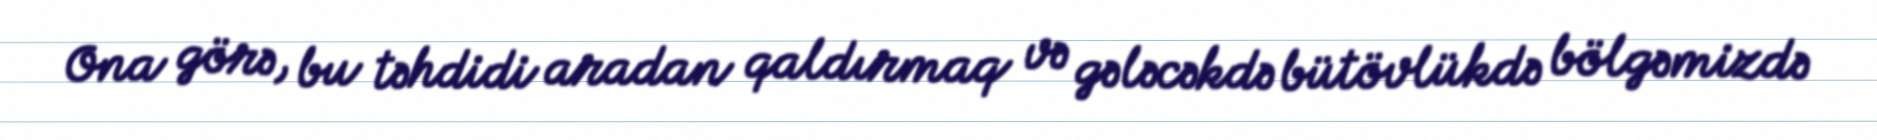
Ona görə, bu təhdidi aradan qaldırmaq və gələcəkdə bütövlükdə bölgəmizdə